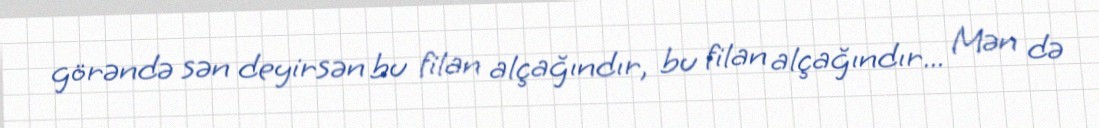
görəndə sən deyirsən bu filan alçağındır, bu filan alçağındır... Mən də